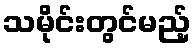
သမိုင်းတွင်မည့်